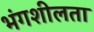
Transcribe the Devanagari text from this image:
भंगशीलता